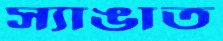
স্যাঙাত